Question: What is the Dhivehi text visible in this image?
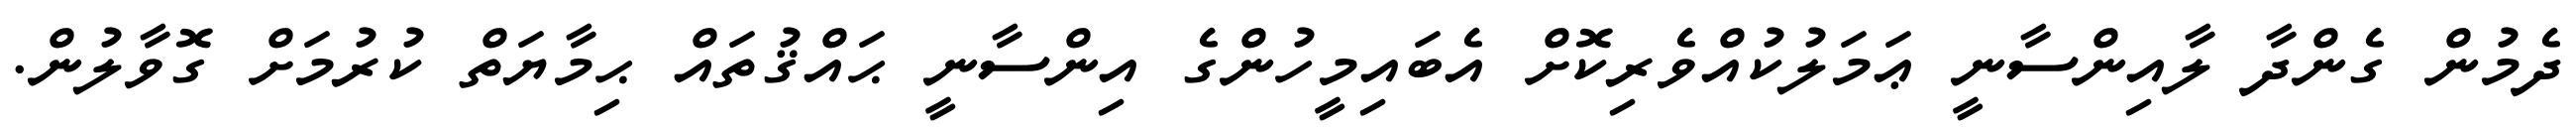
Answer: ދެމުން ގެންދާ ލާއިންސާނީ ޢަމަލުކުއްވެރިކޮށް އެބައިމީހުންގެ އިންސާނީ ޙައްޤުތައް ޙިމާޔަތް ކުރުމަށް ގޮވާލުން.